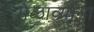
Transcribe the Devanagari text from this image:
मेळाव्यांना